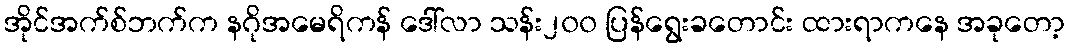
အိုင်အက်စ်ဘက်က နဂိုအမေရိကန် ဒေါ်လာ သန်း၂၀၀ ပြန်ရွေးခတောင်း ထားရာကနေ အခုတော့